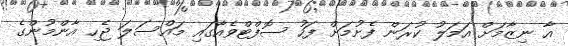
އާ ނިޒާމަށް އަމަލު ކުރަން ފެށުމަށް ފަހު ސޮފްޓްވެއާގައި މައްސަލަ ޖެހި އާންމުންގެ